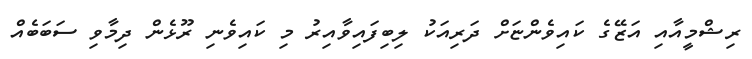
ރިޝްމީއާއި އަޒޭގެ ކައިވެންޏަށް ދަރިއަކު ލިބިފައިވާއިރު މި ކައިވެނި ރޫޅެން ދިމާވި ސަބަބެއް